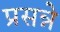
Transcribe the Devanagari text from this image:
प्रसन्ने